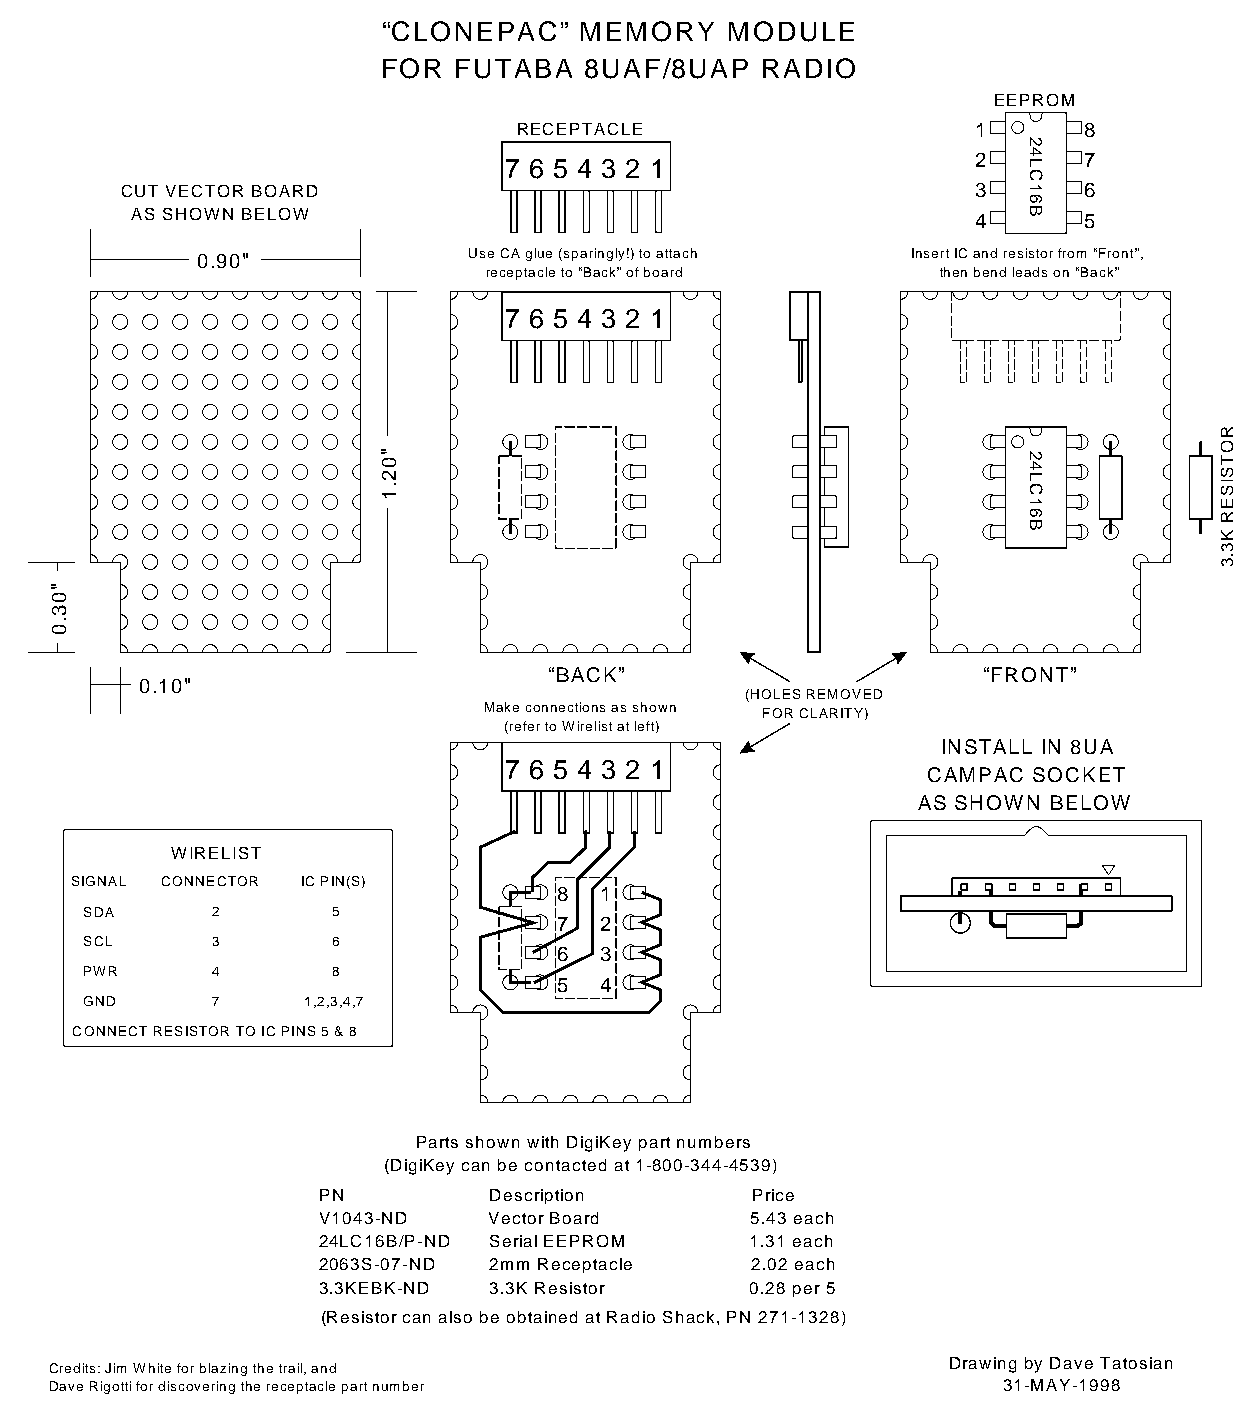
“CLONEPAC”  MEMORY  MODULE
 FOR  FUTABA 8UAF/8UAP RADIO
 EEPROM
 RECEPTACLE                     1      8
 7 6 5 4 3 2 1                  2      7
 CUT VECTOR BOARD                                         3      6
 AS SHOWN BELOW                                          4      5
 0.90"             Use CA glue (sparingly!) to attach Insert IC and resistor from “Front”,
 receptacle to “Back” of board then bend leads on “Back”
 7 6 5 4 3 2 1
 “BACK”                       “FRONT”
 0.10"
 (HOLES REMOVED
 Make connections as shown FOR CLARITY)
 (refer to Wirelist at left)
 INSTALL IN 8UA
 7 6 5 4 3 2 1
 CAMPAC SOCKET
 AS SHOWN BELOW
 WIRELIST
 SIGNAL CONNECTOR IC PIN(S)
 8  1
 SDA     2       5
 7  2
 SCL     3       6
 6  3
 PWR     4       8
 5  4
 GND     7     1,2,3,4,7
 CONNECT RESISTOR TO IC PINS 5 & 8
 Parts shown with DigiKey part numbers
 (DigiKey can be contacted at 1-800-344-4539)
 PN        Description    Price
 V1043-ND  Vector Board   5.43 each
 24LC16B/P-ND Serial EEPROM 1.31 each
 2063S-07-ND 2mm Receptacle 2.02 each
 3.3KEBK-ND 3.3K Resistor 0.28 per 5
 (Resistor can also be obtained at Radio Shack, PN 271-1328)
 Drawing by Dave Tatosian
 Credits: Jim White for blazing the trail, and
 Dave Rigotti for discovering the receptacle part number         31-MAY-1998
 "03.0
 "02.1
 24LC16B
 24LC16B
 ROTSISER
 K3.3